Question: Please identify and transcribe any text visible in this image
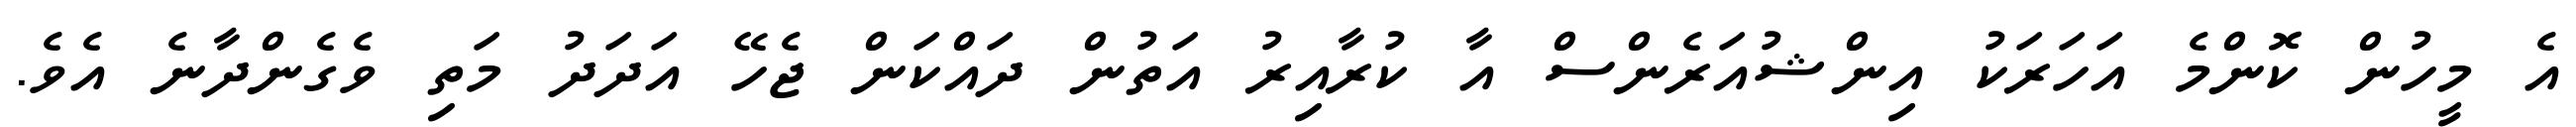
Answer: އެ މީހުން ކޮންމެ އަހަރަކު އިންޝުއަރެންސް އާ ކުރާއިރު އަތުން ދައްކަން ޖެހޭ އަދަދު މަތި ވެގެންދާނެ އެވެ.